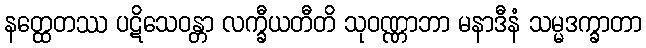
နတ္ထေတဿ ပဋိသေဝန္တာ လက္ခီယတီတိ သုဝဏ္ဏာဘာ မနာဒီနံ သမ္မဒက္ခာတာ